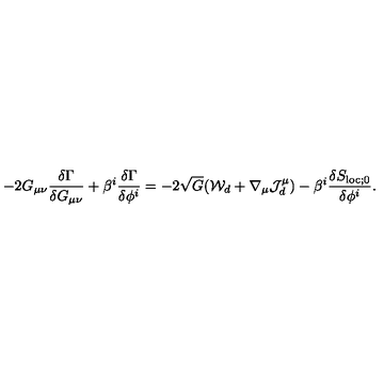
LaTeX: - 2 G _ { \mu \nu } { \frac { \delta \Gamma } { \delta G _ { \mu \nu } } } + \beta ^ { i } { \frac { \delta \Gamma } { \delta \phi ^ { i } } } = - 2 \sqrt { G } ( { \cal W } _ { d } + \nabla _ { \mu } { \cal J } _ { d } ^ { \mu } ) - \beta ^ { i } { \frac { \delta S _ { \mathrm { l o c } ; 0 } } { \delta \phi ^ { i } } } .